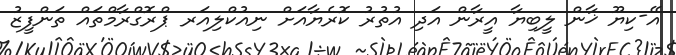
އޭ-ކިޔޫ ޚާން ލީބިޔާ އީރާން އަދި އުތުރު ކޮރެޔާއަށް ނިއުކްލިއަރ ޕްރޮގްރާމްތައް ތަންފީޒު